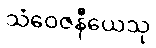
သံဝေဇနီယေသု